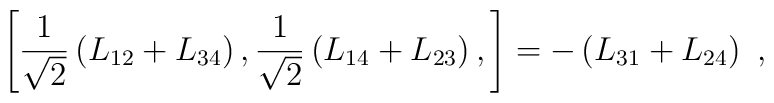
\left[\frac{1}{\sqrt{2}} \left( L_{12} + L_{34} \right),\frac{1}{\sqrt{2}} \left( L_{14} + L_{23} \right),\right]= - \left( L_{31} + L_{24} \right) \ ,